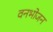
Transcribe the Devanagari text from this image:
वनभोजन